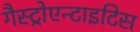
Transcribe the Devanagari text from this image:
गैस्ट्रोएन्टाइटिस